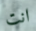
انت